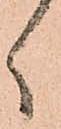
ヽ